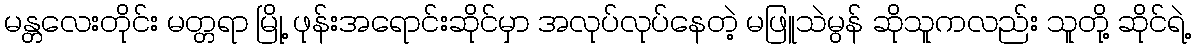
မန္တလေးတိုင်း မတ္တရာ မြို့ ဖုန်းအရောင်းဆိုင်မှာ အလုပ်လုပ်နေတဲ့ မဖြူသဲမွန် ဆိုသူကလည်း သူတို့ ဆိုင်ရဲ့